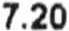
7.20